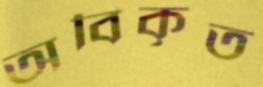
অবিকৃত